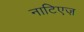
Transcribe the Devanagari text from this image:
नाटिएज़